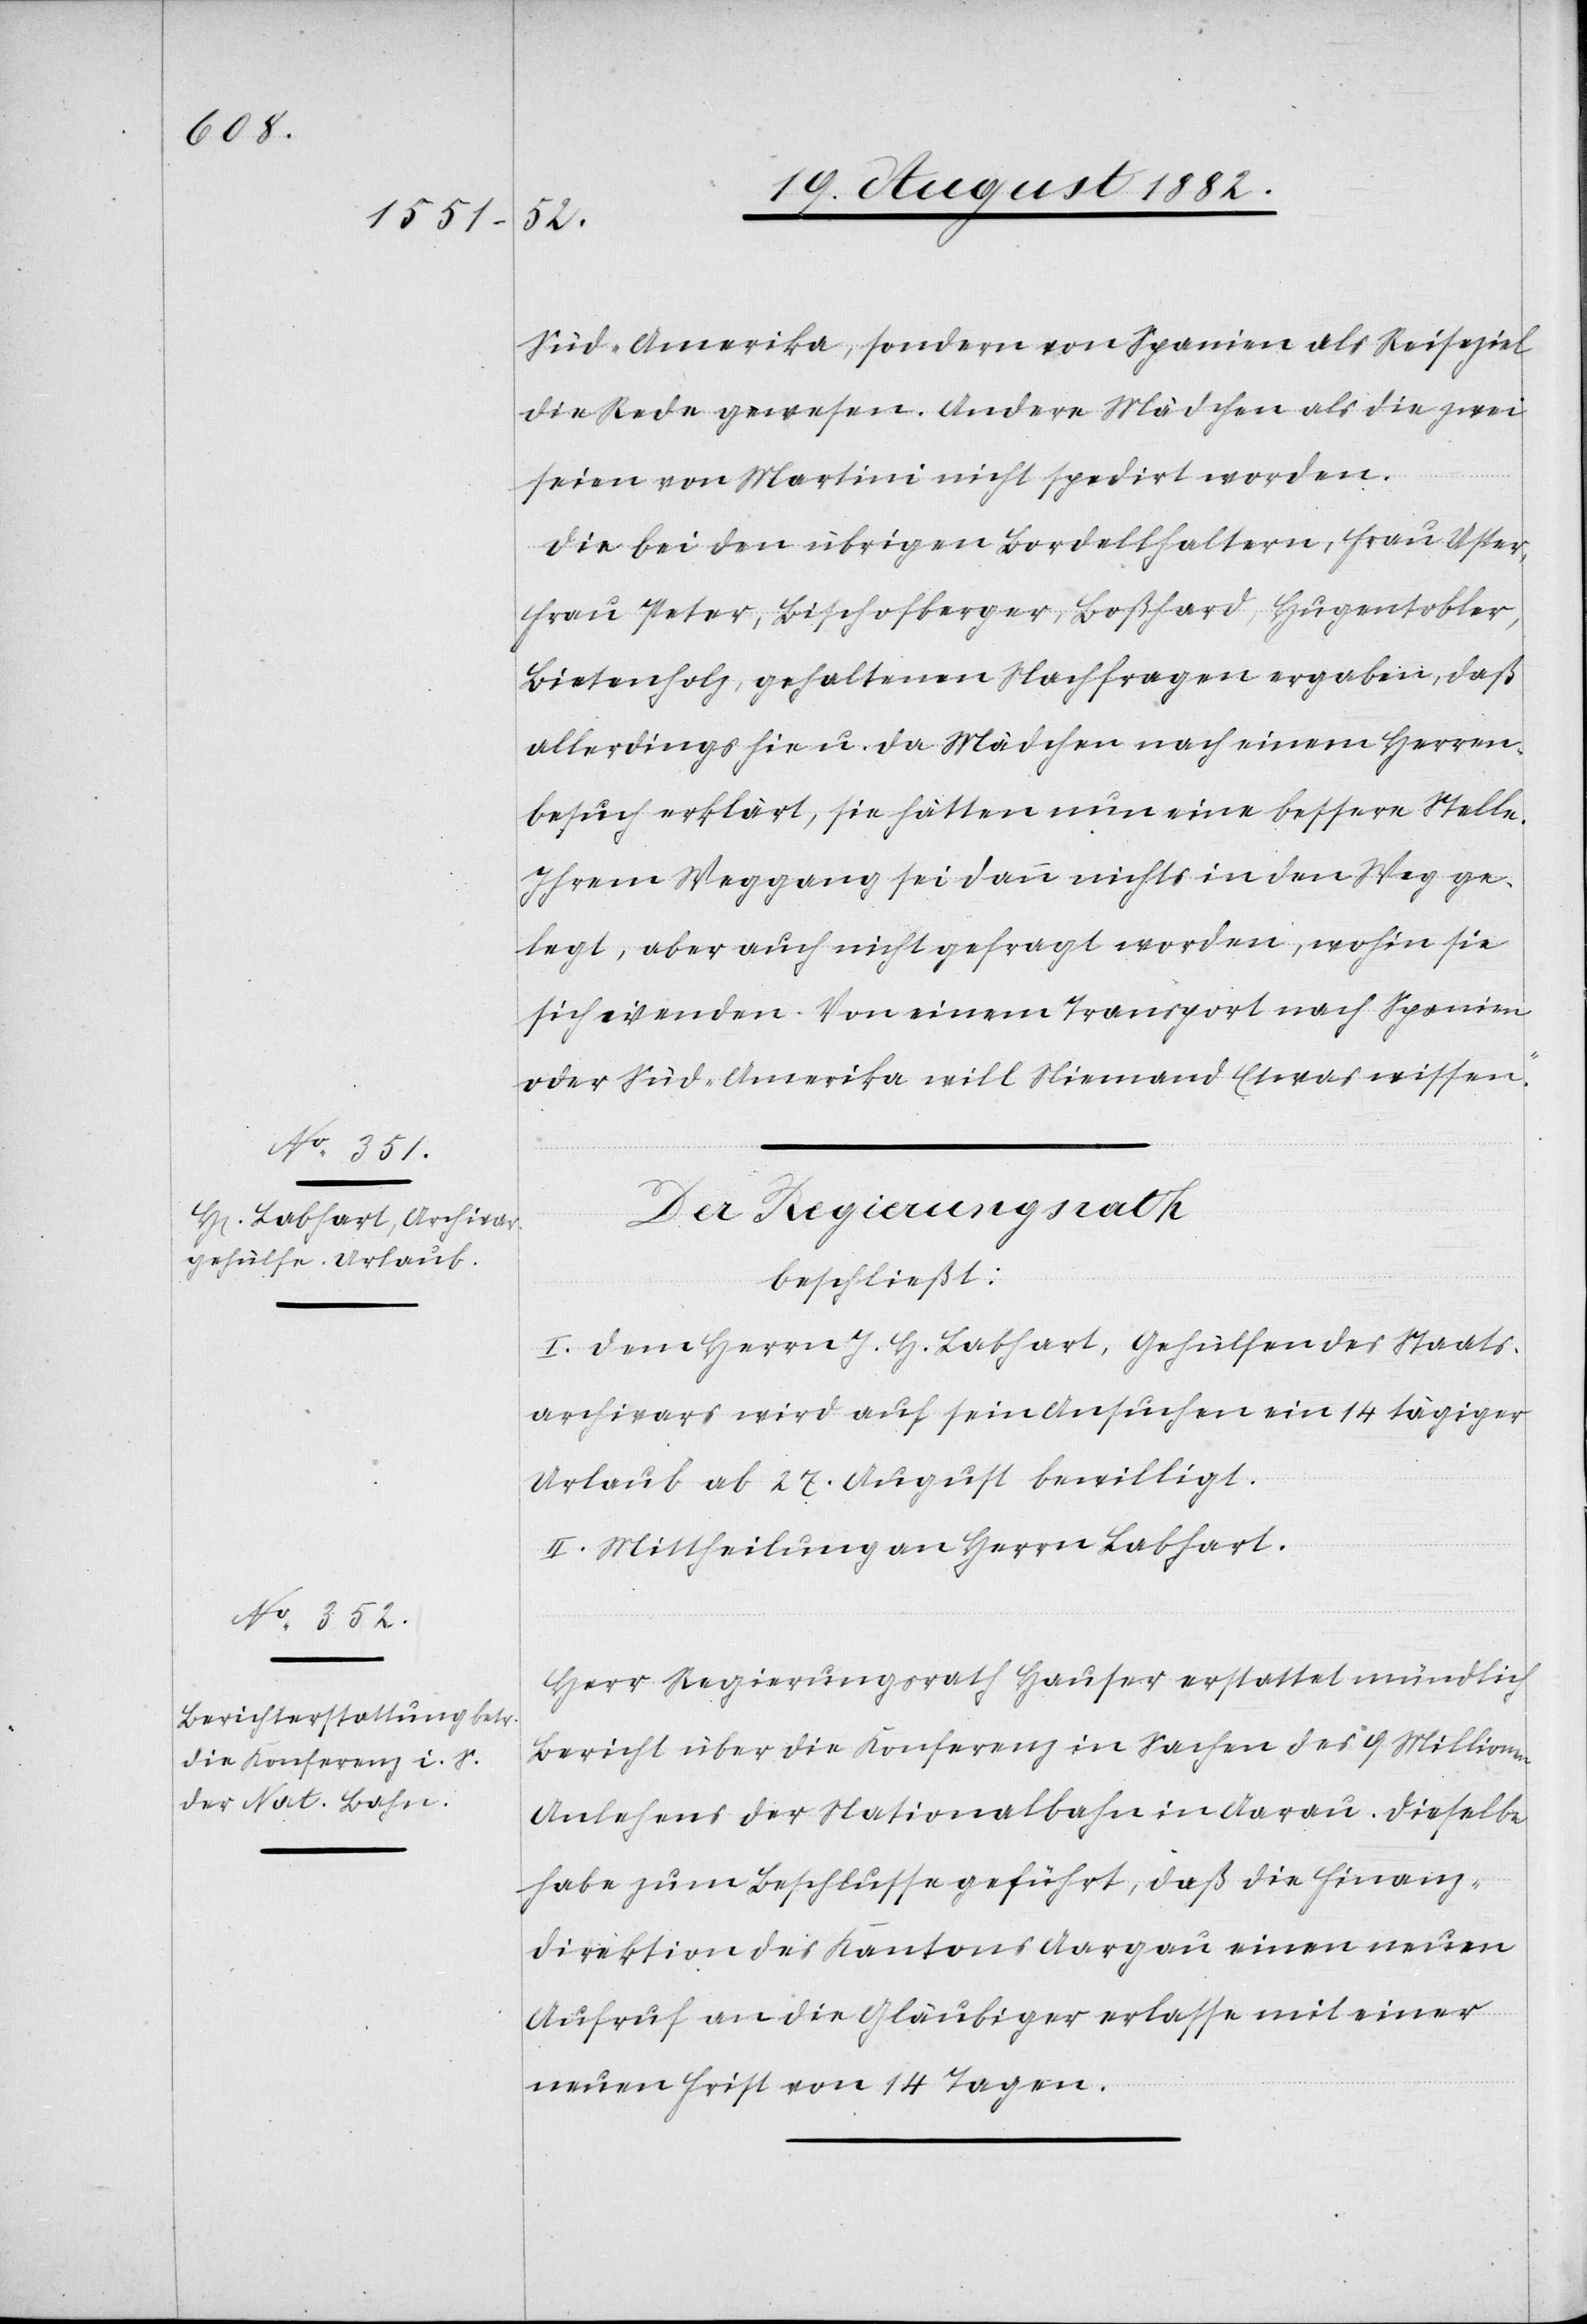
Süd-Amerika, sondern von Spanien als Reiseziel
die Rede gewesen. Andere Mädchen als die zwei
seien von Martini nicht spedirt worden.
Die bei den übrigen Bordellhaltern, Frau Uster,
Frau Peter, Bischofberger, Boßhard, Hugentobler,
Bietenholz, gehaltenen Nachfragen ergaben, daß
allerdings hie u. da Mädchen nach einem Herren¬
besuch erklärt, sie hätten nun eine bessere Stelle.
Ihrem Weggang sei dann nichts in den Weg ge¬
legt, aber auch nicht gefragt worden, wohin sie
sich wenden. Von einem Transport nach Spanien
oder Süd-Amerika will Niemand Etwas wissen.“
Der Regierungsrath,
beschließt:
I. Dem Herrn J. H. Labhart, Gehülfe des Staats¬
archivars wird auf sein Ansuchen ein 14 tägiger
Urlaub ab 27. August bewilligt.
II. Mittheilung an Herrn Labhart.
Herr Regierungsrath Hauser erstattet mündlich
Bericht über die Konferenz in Sachen des 9 Millione¬
n-Anlehens der Nationalbahn in Aarau. Dieselbe
habe zum Beschlusse geführt, daß die Finanz¬
direktion des Kantons Aargau einen neuen
Aufruf an die Gläubiger erlasse mit einer
neuen Frist von 14 Tagen.